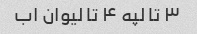
۳ تا لپه ۴ تا لیوان اب